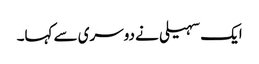
ایک سہیلی نے دوسری سے کہا۔